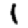
Digit: 1